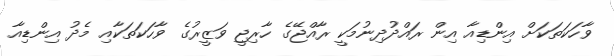
ވާހަކަތަކަށް އިންޑިއާ އިން ރައްދުދިނުމަކީ ރާއްޖޭގެ ހާރިޖީ ވަޒީރުގެ ވާހަކަތަކާއި މެދު އިންޑިއާ